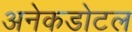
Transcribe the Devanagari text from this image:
अनेकडोटल